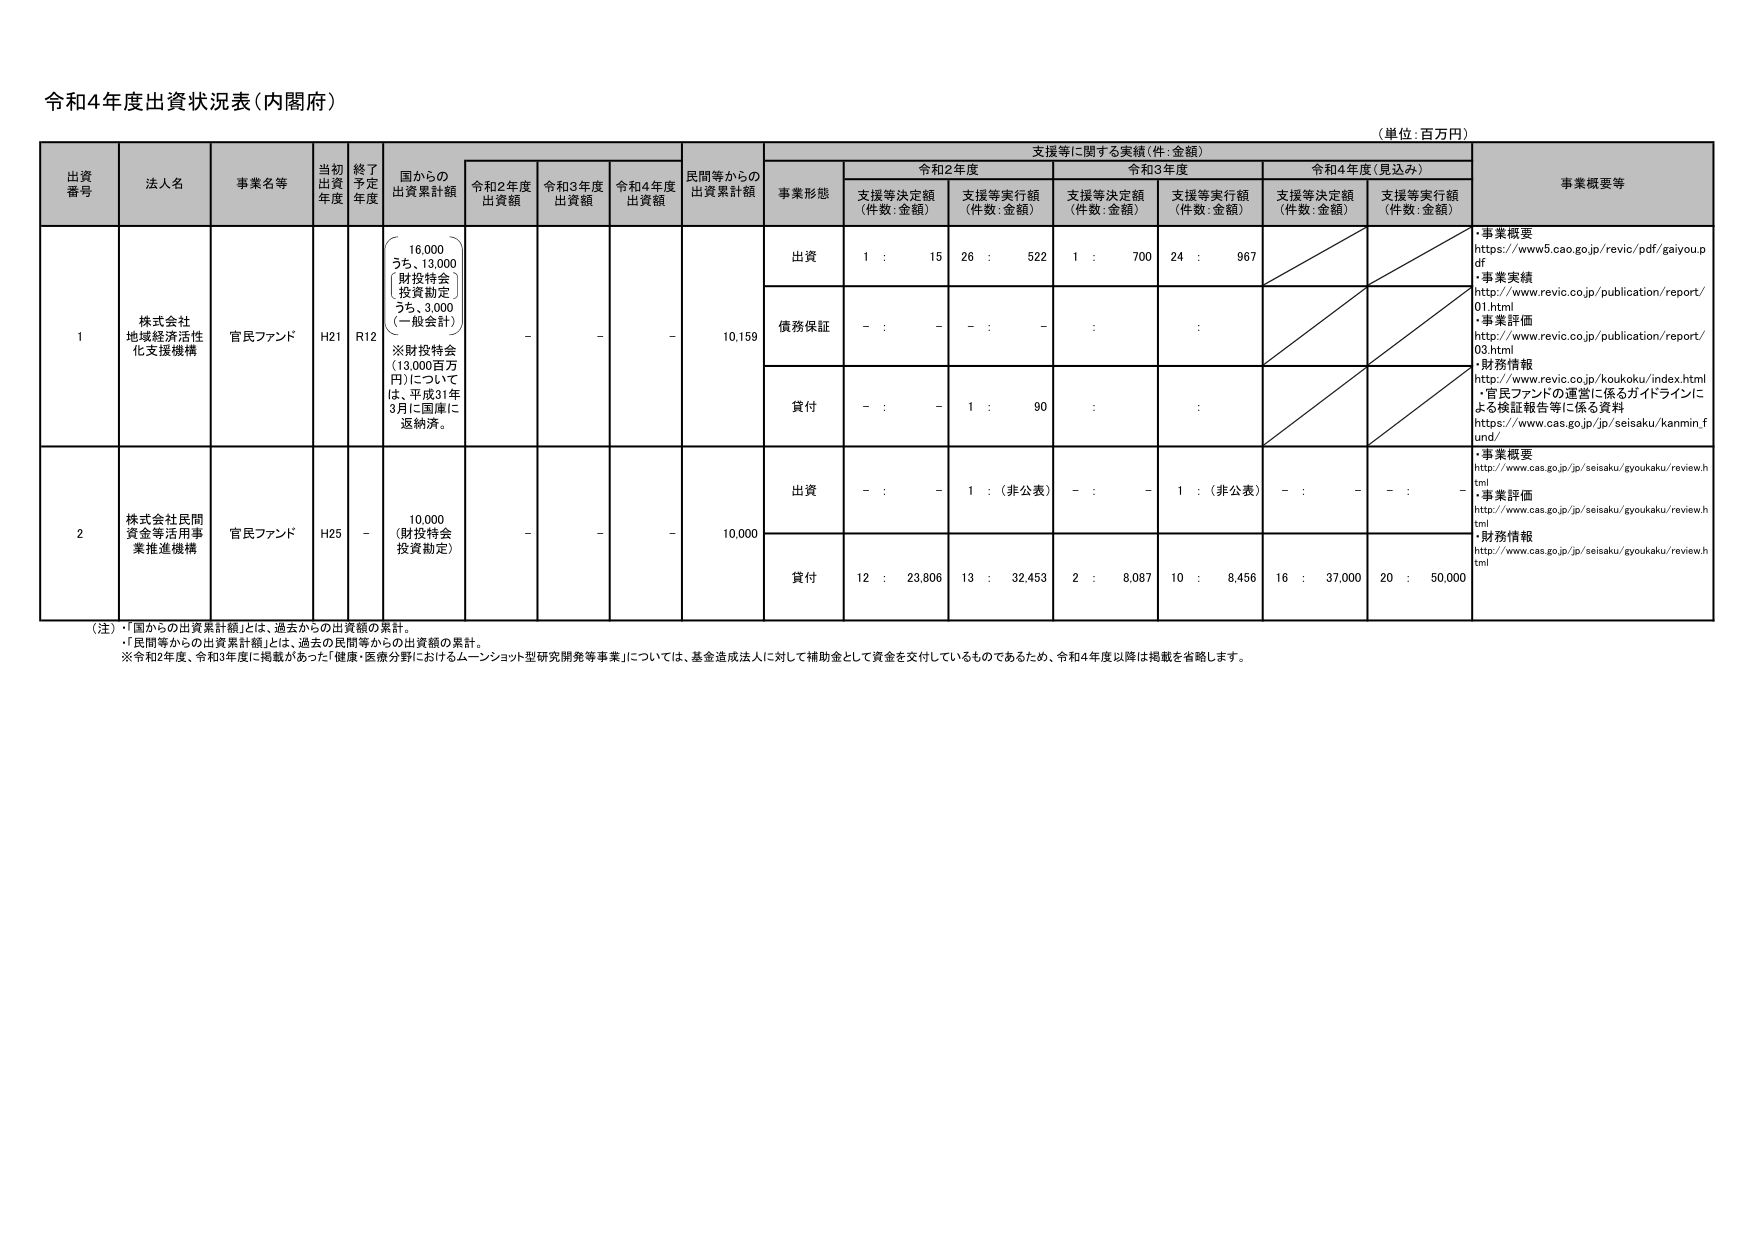
令和4年度出資状況表（内閣府）

（単位：百万円）

出資番号 法人名 事業名等 当初出資年度 終了予定年度 国からの出資累計額 令和2年度出資額 令和3年度出資額 令和4年度出資額 民間等からの出資累計額 支援等に関する実績（件：金額） 事業概要等